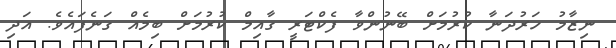
ނިޒާމު ހަރުދަނާ ކުރުމަށް ބޭނުންވާ ފެކްޓަރީ ގާއިމް ކުރުމަށް ބިމެއް ގަނެފައެވެ. އަދި